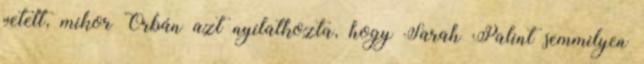
vetett, mikor Orbán azt nyilatkozta, hogy Sarah Palint semmilyen